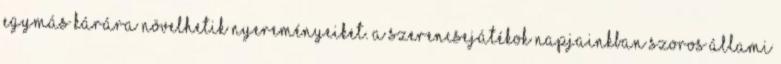
egymás kárára növelhetik nyereményeiket. A szerencsejátékok napjainkban szoros állami